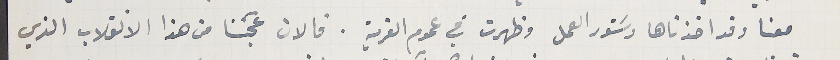
معنا وقد اخذناها دسَتور العمل وظهرت في عموم القرية. فالان عجَبنا من هذا الانقلاب الذي